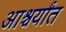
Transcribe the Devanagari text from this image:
आश्चर्यांत